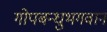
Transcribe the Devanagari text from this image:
गोपबन्धुभगवान